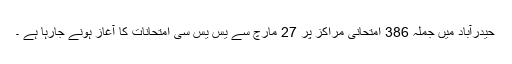
حیدرآباد میں جملہ 386 امتحانی مراکز پر 27 مارچ سے یس یس سی امتحانات کا آغاز ہونے جارہا ہے ۔